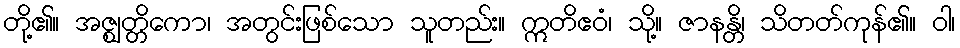
တို့၏။ အဇ္ဈတ္တိကော၊ အတွင်းဖြစ်သော သူတည်း။ ဣတိဧဝံ၊ သို့။ ဇာနန္တိ၊ သိတတ်ကုန်၏။ ဝါ၊